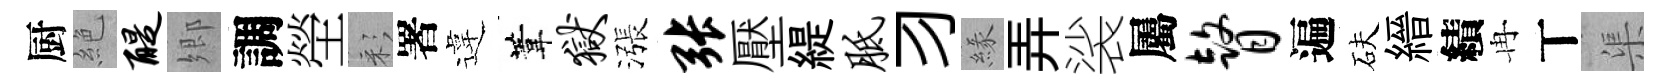
厨絶醍郷調塋彩署違葦狱漲张壓緹胝习緣弄裟屬瞽遍砆縉績冉丅渠